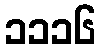
၁၁၁၆